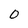
Character: 0